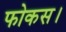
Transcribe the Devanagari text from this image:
फोकस।